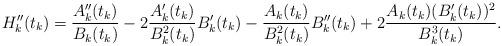
LaTeX: \begin{align*}H''_k(t_k)=\frac{A''_k(t_k)}{B_k(t_k)}-2\frac{A'_k(t_k)}{B^2_k(t_k)}B'_k(t_k)-\frac{A_k(t_k)}{B^2_k(t_k)}B''_k(t_k)+2\frac{A_k(t_k)(B'_k(t_k))^2}{B^3_k(t_k)}.\end{align*}